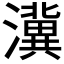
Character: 𱩿